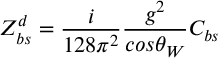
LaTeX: Z _ { b s } ^ { d } = \frac { i } { 1 2 8 \pi ^ { 2 } } \frac { g ^ { 2 } } { c o s \theta _ { W } } C _ { b s }